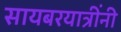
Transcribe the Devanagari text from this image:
सायबरयात्रींनी